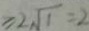
= 2 \sqrt { 1 } = 2